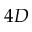
4 D